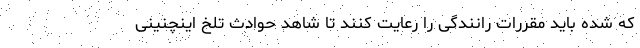
که شده باید مقررات رانندگی را رعایت کنند تا شاهد حوادث تلخ اینچنینی